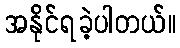
အနိုင်ရခဲ့ပါတယ်။